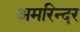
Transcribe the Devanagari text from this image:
अमरिन्दर